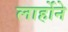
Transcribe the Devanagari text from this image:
लार्होने